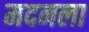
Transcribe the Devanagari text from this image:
मदनला